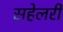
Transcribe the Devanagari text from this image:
सहेलरी